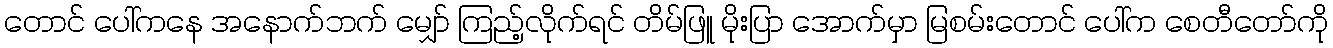
တောင် ပေါ်ကနေ အနောက်ဘက် မျှော် ကြည့်လိုက်ရင် တိမ်ဖြူ မိုးပြာ အောက်မှာ မြစမ်းတောင် ပေါ်က စေတီတော်ကို